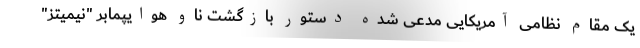
یک مقام نظامی آمریکایی مدعی شده دستور بازگشت ناو هوایپمابر "نیمیتز"